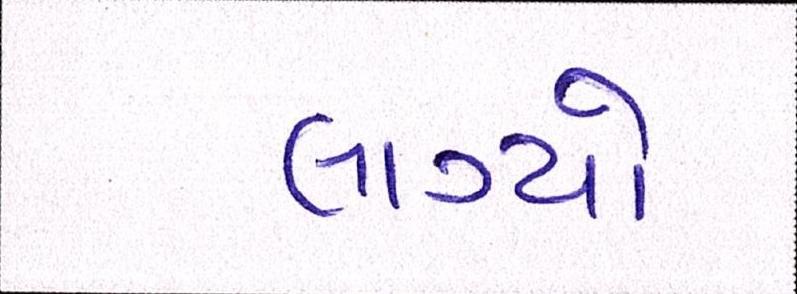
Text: લાગ્યો